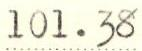
101.38